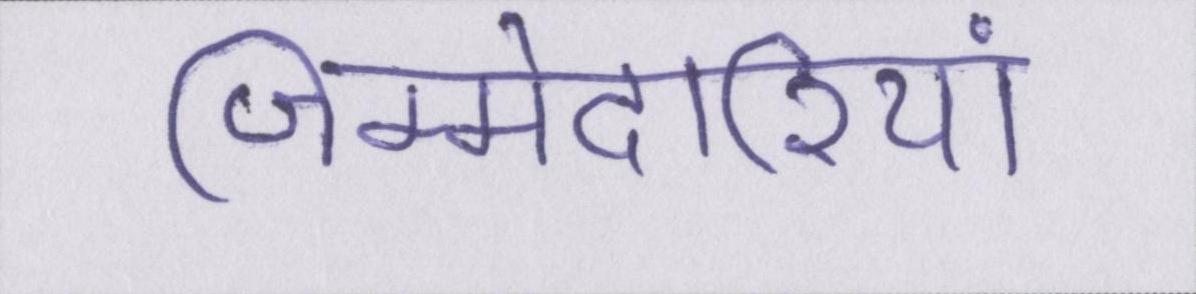
जिम्मेदारियां